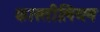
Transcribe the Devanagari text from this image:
कास्तीलियन